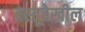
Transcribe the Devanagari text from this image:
वस्तूदेखील